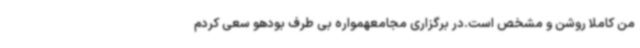
من کاملا روشن و مشخص است.در برگزاری مجامعهمواره بی طرف بودهو سعی کردم